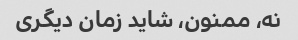
نه، ممنون، شاید زمان دیگری